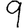
Digit: 9